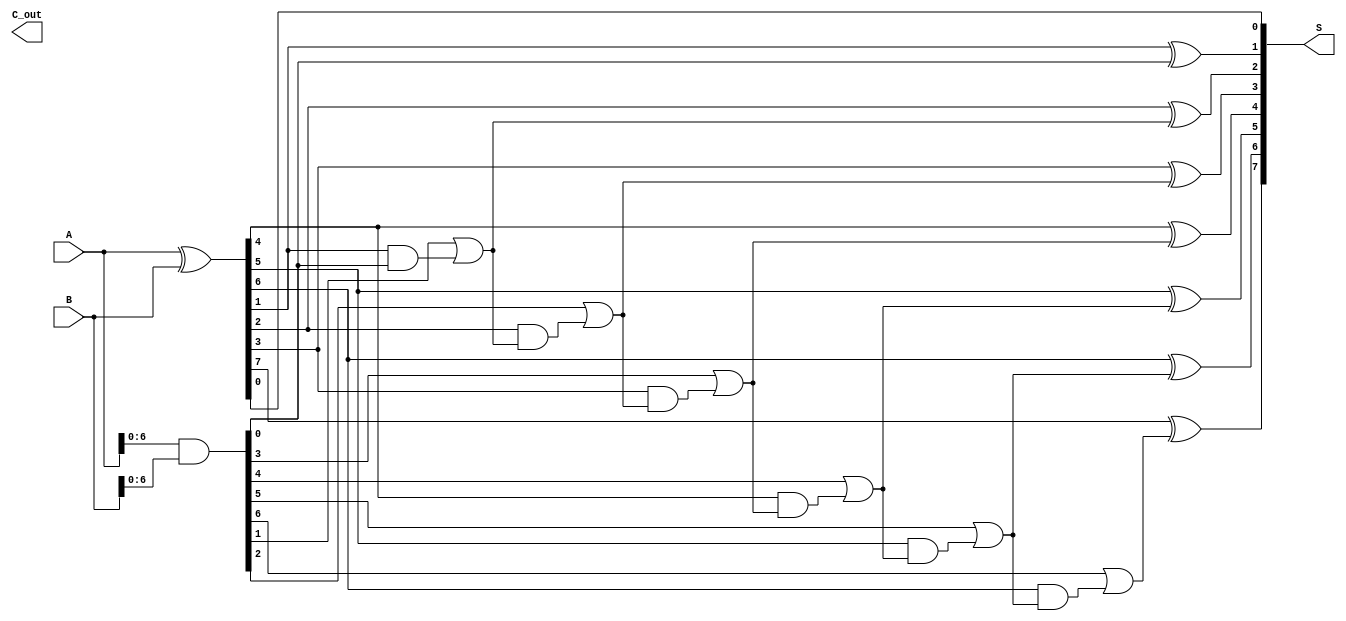
module ParallelPrefixAdder #(parameter n = 8) (
    input  [n-1:0] A, // First n-bit input
    input  [n-1:0] B, // Second n-bit input
    output [n-1:0] S, // n-bit sum output
    output C_out      // Carry out
);
    // Generate and Propagate signals
    wire [n-1:0] G; // Generate
    wire [n-1:0] P; // Propagate
    wire [n:0] C;   // Carry bits

    assign G = A & B;        // Generate signals
    assign P = A ^ B;        // Propagate signals
    assign C[0] = 1'b0;      // Initial carry-in is 0

    // Level 1
    genvar i;
    generate
        for (i = 0; i < n-1; i = i + 1) begin : level1
            assign C[i+1] = G[i] | (P[i] & C[i]);
        end
    endgenerate

    // Final Sum Calculation
    generate
        for (i = 0; i < n; i = i + 1) begin : sum
            assign S[i] = P[i] ^ C[i]; // Sum bits
        end
    endgenerate

    // Final Carry Out
    assign C_out = C[n];

endmodule